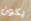
يكون